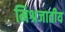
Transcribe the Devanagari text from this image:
मिश्रजातीय